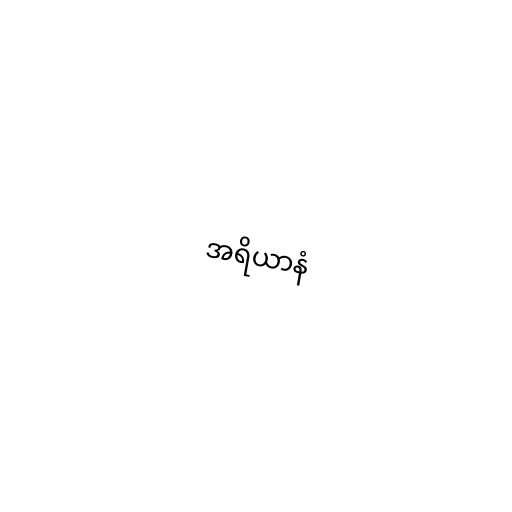
အရိယာနံ